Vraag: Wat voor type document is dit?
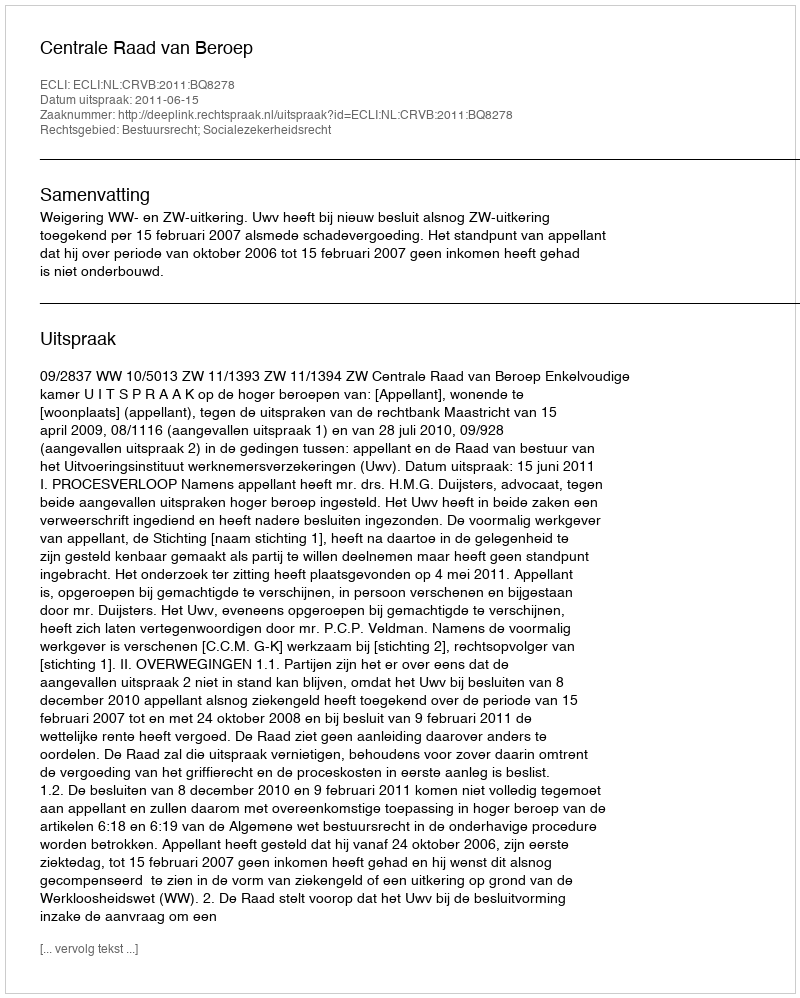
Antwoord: Uitspraak